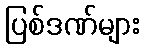
ပြစ်ဒဏ်များ